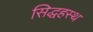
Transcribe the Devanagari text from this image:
सिद्धहस्थ